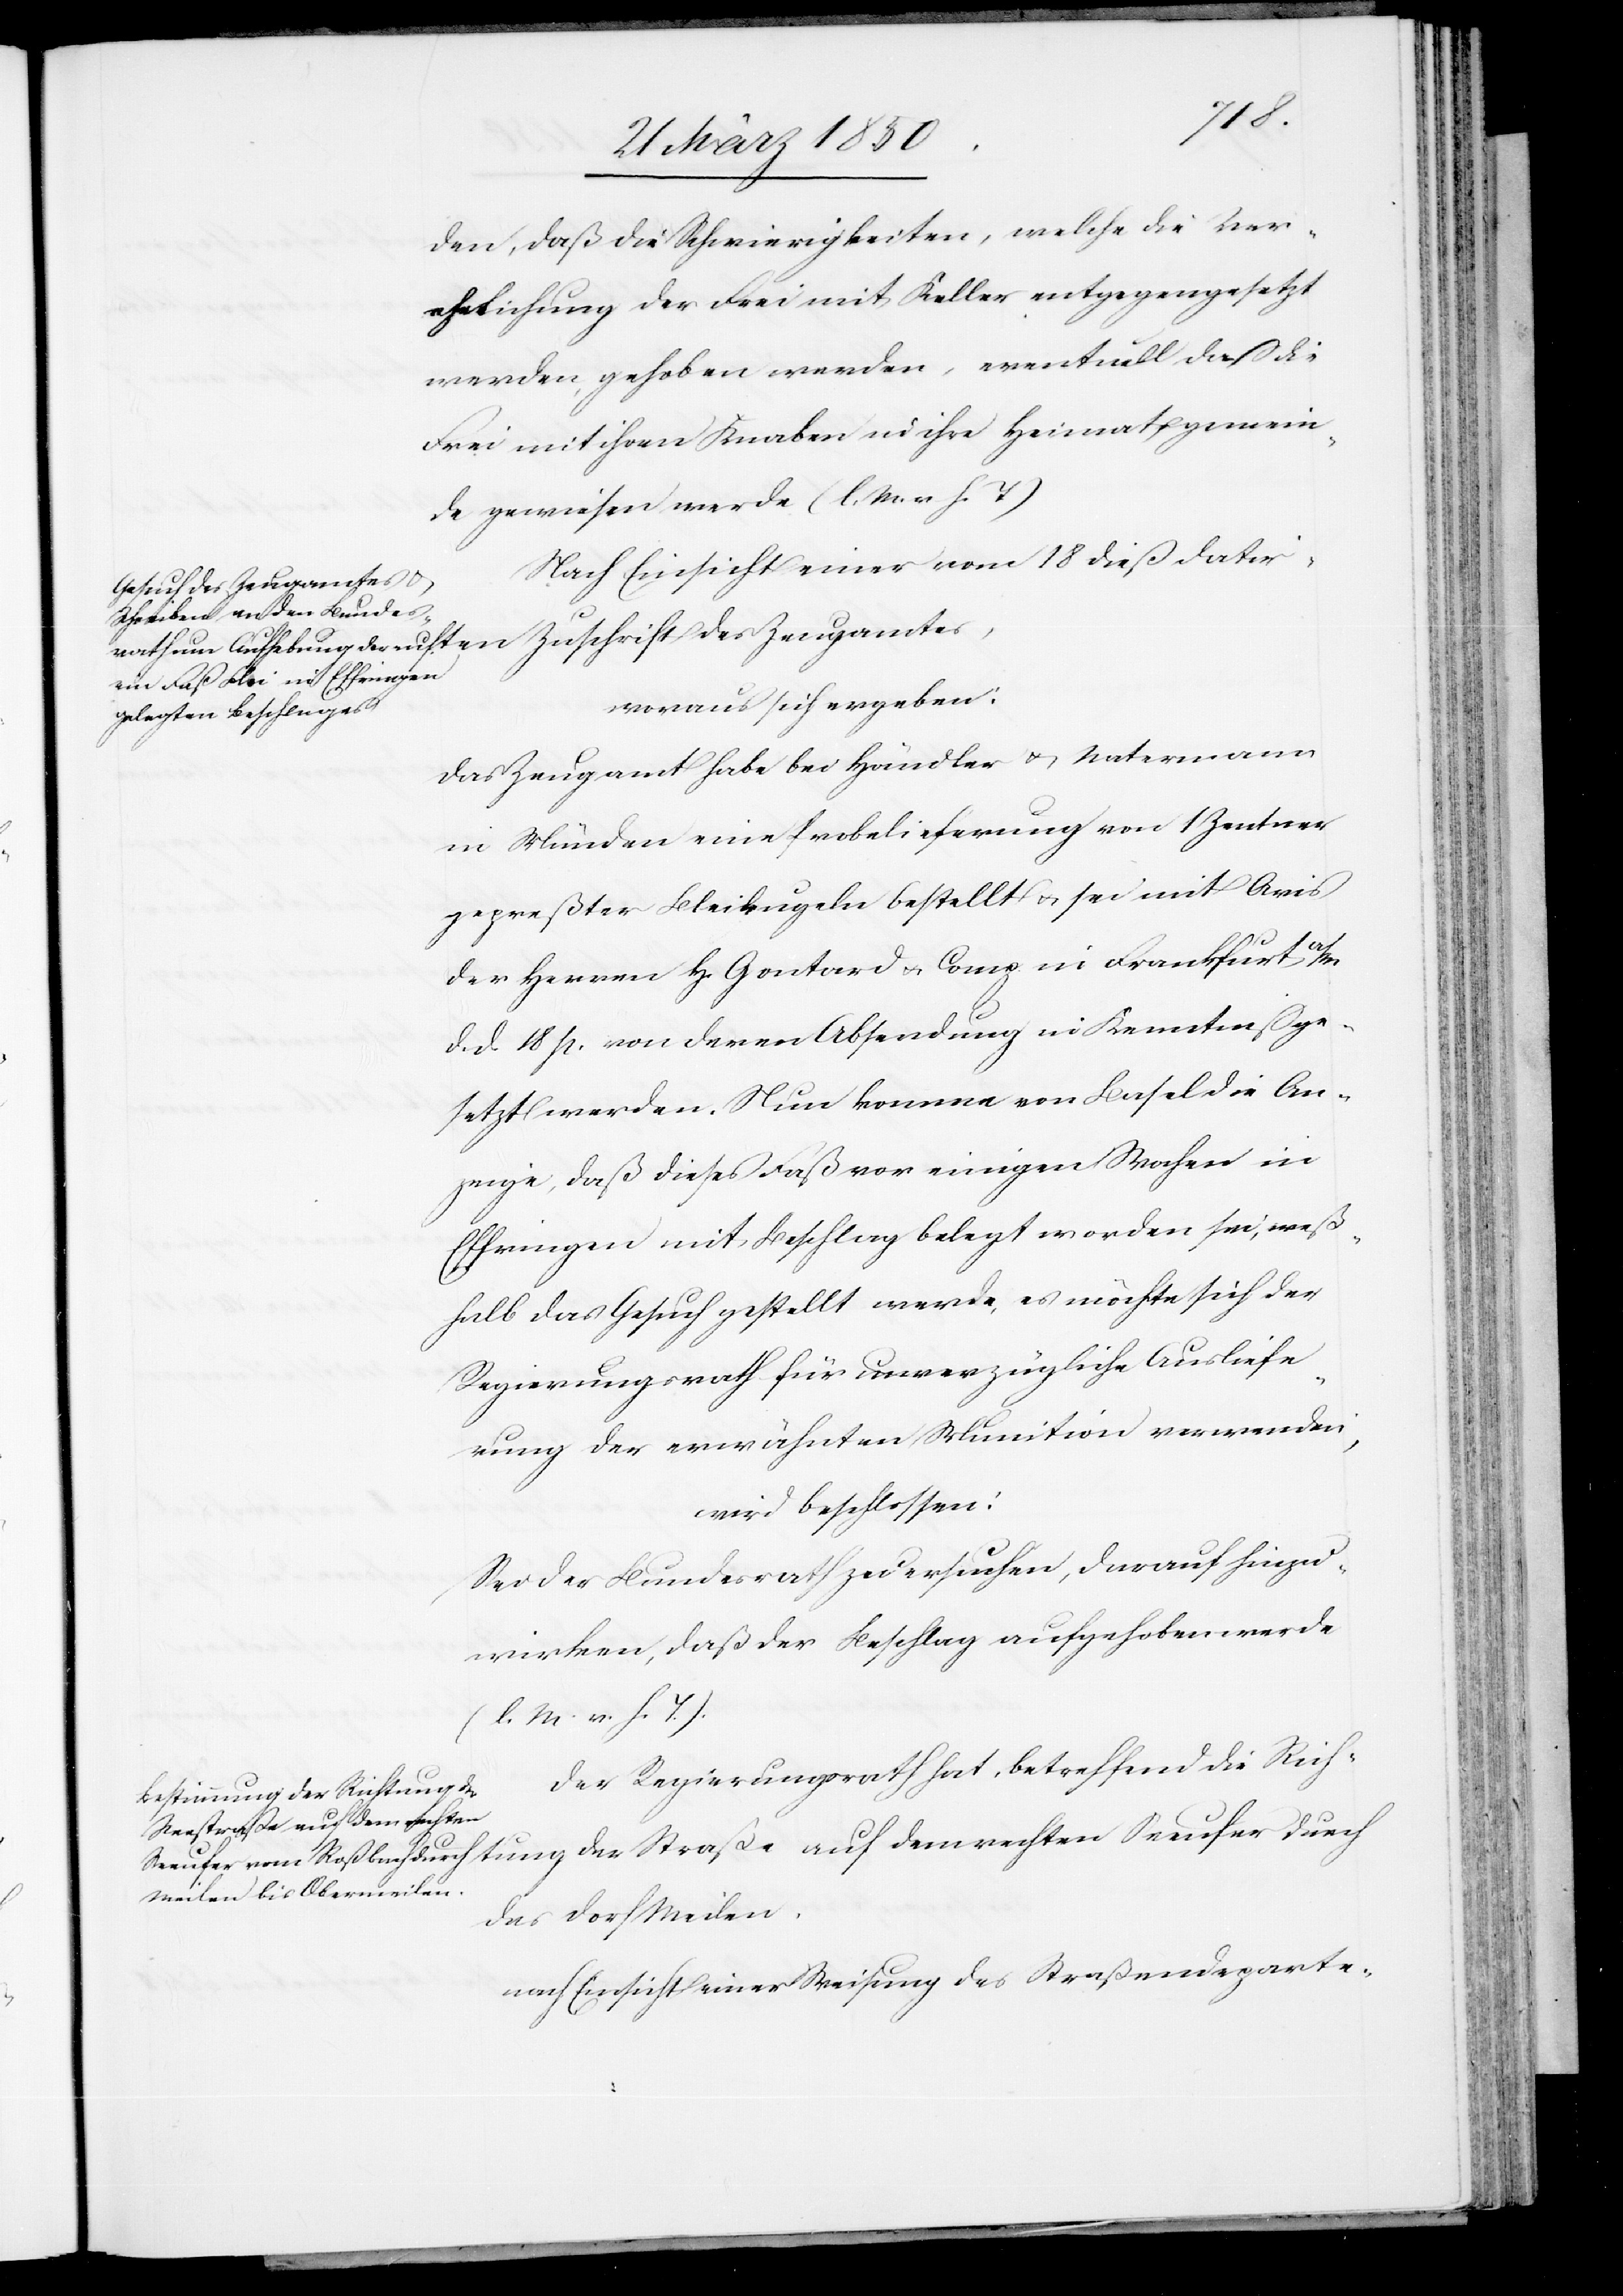
tung
den, daß die Schwierigkeiten, welche die Ver¬
ehelichung der Frei mit Keller entgegengesetzt
werden, gehoben werden, eventuell daß die
Frei mit ihren Knaben in ihre Heimatsgemein¬
de gewiesen werde (l. M. v. h. T.)
Nach Einsicht einer vom 18 dieß datir¬
woraus sich ergeben:
Das Zeugamt habe bei Händler u. Natermann
in Münden eine Probelieferung von 1 Zentner
gepreßter Bleikugeln bestellt u. sei mit Avis
der Herren H. Gontard u. Comp. in Frankfurt a/M
d. d. 18 p. von deren Absendung in Kenntniß ge¬
setzt worden. Nun komme von Basel die An¬
zeige, daß dieses Faß vor einigen Wochen in
Effringen mit Beschlag belegt worden sei, weß¬
halb das Gesuch gestellt werde, es möchte sich der
Regierungsrath für unverzügliche Ausliefe¬
rung der erwähnten Munition verwenden,
wird beschlossen:
Sei der Bundesrath zu ersuchen, darauf hinzu¬
wirken, daß der Beschlag aufgehoben werde
(l. M. v. h. T.).
Der Regierungsrath hat, betreffend die Rich¬
der Straße auf dem rechten
das Dorf Meilen,
nach Einsicht einer Weisung des Straßendeparte-